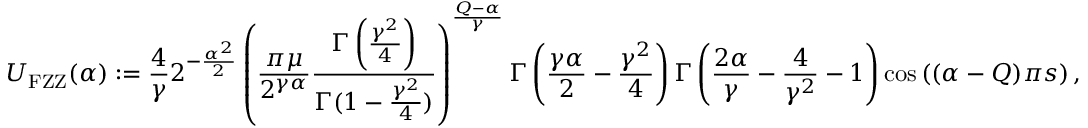
U _ { \mathrm { { F Z Z } } } ( \alpha ) : = \frac { 4 } { \gamma } 2 ^ { - \frac { \alpha ^ { 2 } } { 2 } } \left( \frac { \pi \mu } { 2 ^ { \gamma \alpha } } \frac { \Gamma \left( \frac { \gamma ^ { 2 } } { 4 } \right) } { \Gamma ( 1 - \frac { \gamma ^ { 2 } } { 4 } ) } \right) ^ { \frac { Q - \alpha } { \gamma } } \Gamma \left( \frac { \gamma \alpha } { 2 } - \frac { \gamma ^ { 2 } } { 4 } \right) \Gamma \left( \frac { 2 \alpha } { \gamma } - \frac { 4 } { \gamma ^ { 2 } } - 1 \right) \cos \left( ( \alpha - Q ) \pi s \right) ,